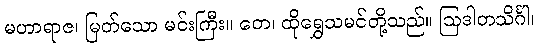
မဟာရာဇ၊ မြတ်သော မင်းကြီး။ တေ၊ ထိုရွှေသမင်တို့သည်။ ဩဒါတသိင်္ဂါ၊